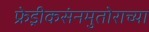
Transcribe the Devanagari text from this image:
फ्रेड्रीकसंनमुतोराच्या